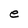
Character: e